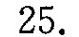
25.